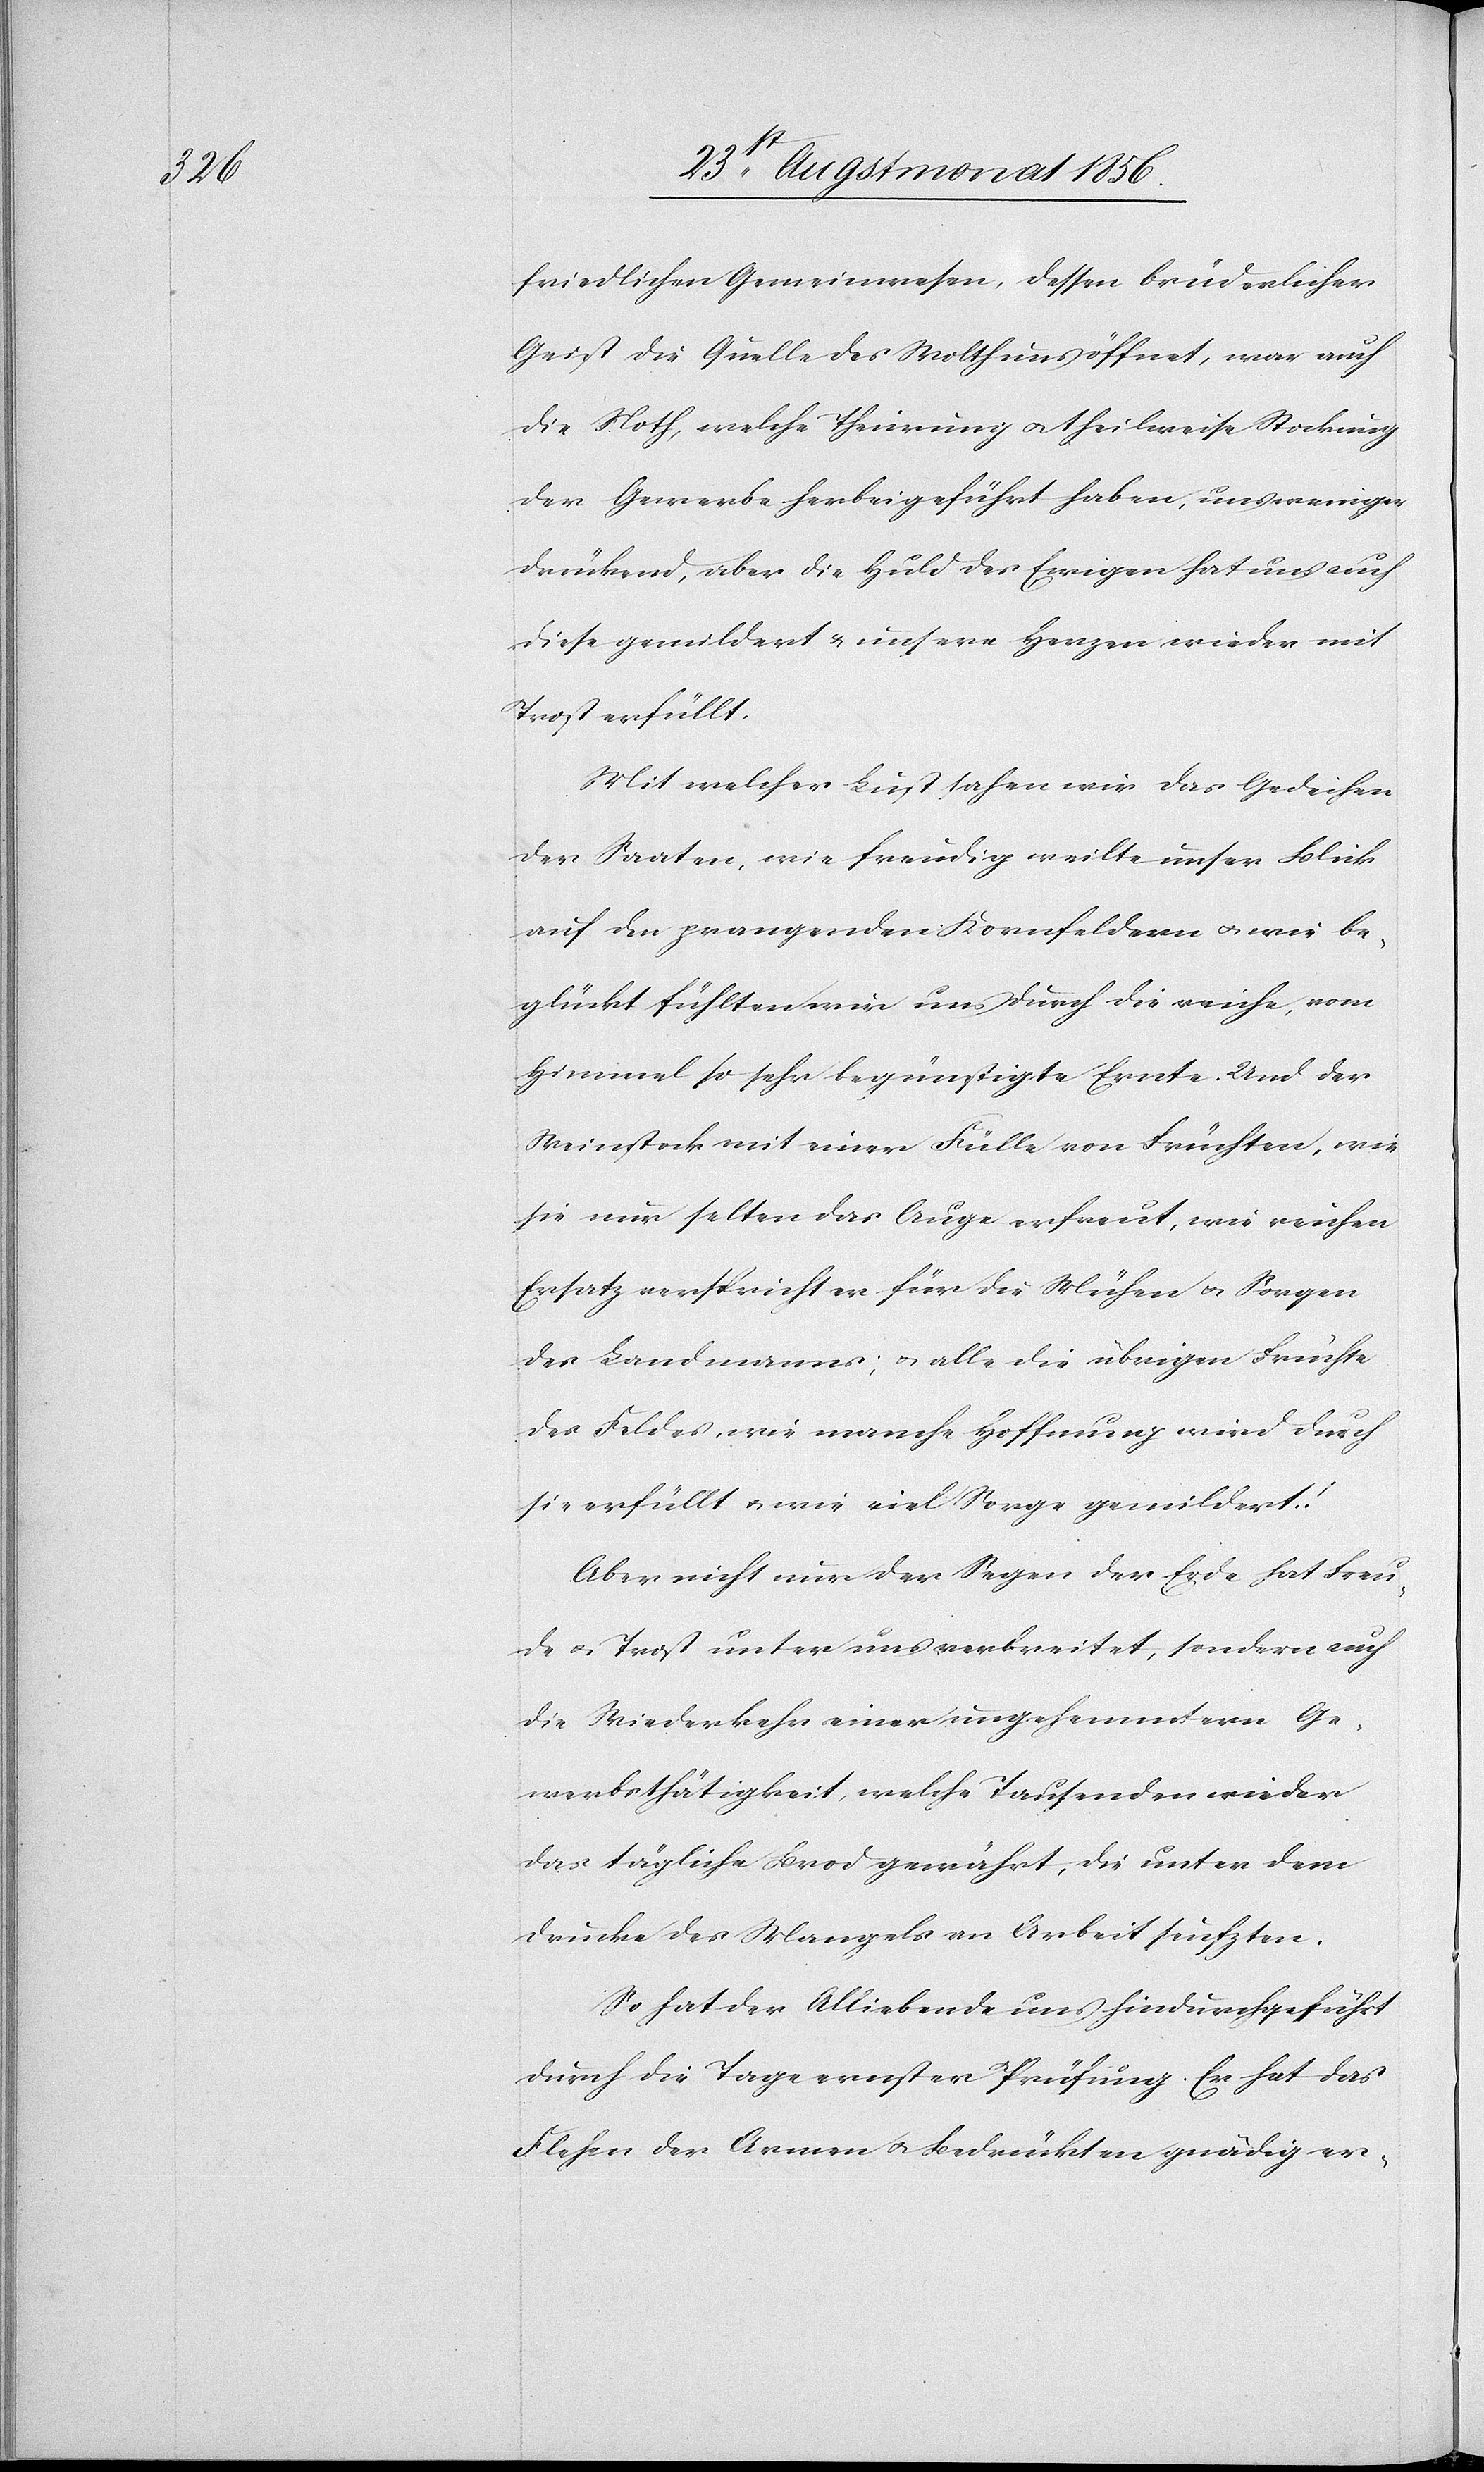
friedlichen Gemeinwesen, dessen brüderlicher
Geist die Quelle des Wolthums öffnet, war auch
die Noth, welche Theurung u. theilweise Stockung
der Gewerbe herbeigeführt haben, uns weniger
drückend, aber die Huld des Ewigen hat uns auch
diese gemildert & unsere Herzen wieder mit
Trost erfüllt.
Mit welcher Lust sahen wir das Gedeihen
der Saaten, wie freudig weilte unser Blick
auf den prangenden Kornfeldern u. wie be¬
glückt fühlten wir uns durch die reiche, vom
Himmel so sehr begünstigte Ernte. Und der
Weinstock mit einer Fülle von Früchten, wie
sie nur selten das Auge erfreut, wie reichen
Ersatz verspricht er für die Mühen u. Sorgen
des Landmanns; u. alle die übrigen Früchte
des Feldes, wie manche Hoffnung wird durch
sie erfüllt u. wie viel Sorge gemildert!
Aber nicht nur der Segen der Erde hat Freu¬
de u. Trost unter uns verbreitet, sondern auch
die Wiederkehr einer ungehemmtern Ge¬
werbsthätigkeit, welche Tausenden wieder
das tägliche Brod gewährt, die unter dem
Drucke des Mangels an Arbeit seufzten.
So hat der Alliebende uns hindurchgeführt
durch die Tage ernster Prüfung. Er hat das
Flehen der Armen u. Bedrückten gnädig er-